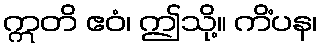
ဣတိ ဧဝံ၊ ဤသို့။ ကိံပန၊